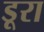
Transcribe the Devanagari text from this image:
डूरा